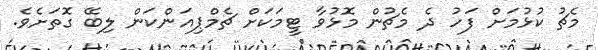
މެޗު ކުޅުމަށް ފަހު ދެ މެޗުން މޮޅުވާ ޓީމަކަށް ޗެމްޕިއަންކަން ލިބޭ ގޮތަށެވެ.